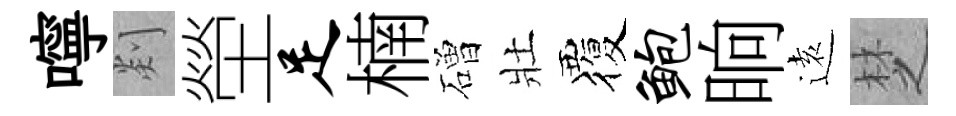
嚀剡塋足楠磳壯覆鲍晌逺椘